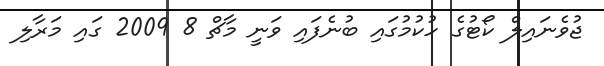
ޖުވެނައިލް ކޯޓުގެ ހުކުމުގައި ބުނެފައި ވަނީ މާޗް 8 2009 ގައި މަރާލި